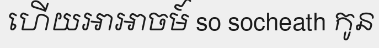
ហើយអាអាចម៍ so socheath កូន